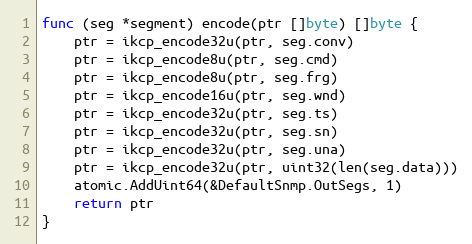
Language: Go
func (seg *segment) encode(ptr []byte) []byte {
	ptr = ikcp_encode32u(ptr, seg.conv)
	ptr = ikcp_encode8u(ptr, seg.cmd)
	ptr = ikcp_encode8u(ptr, seg.frg)
	ptr = ikcp_encode16u(ptr, seg.wnd)
	ptr = ikcp_encode32u(ptr, seg.ts)
	ptr = ikcp_encode32u(ptr, seg.sn)
	ptr = ikcp_encode32u(ptr, seg.una)
	ptr = ikcp_encode32u(ptr, uint32(len(seg.data)))
	atomic.AddUint64(&DefaultSnmp.OutSegs, 1)
	return ptr
}